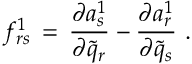
f _ { r s } ^ { 1 } \, = \, { \frac { \partial a _ { s } ^ { 1 } } { \partial { \tilde { q } } _ { r } } } - { \frac { \partial a _ { r } ^ { 1 } } { \partial { \tilde { q } } _ { s } } } \, \, .